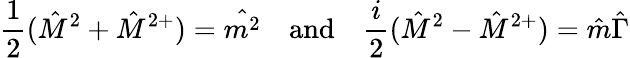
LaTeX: \frac{1}{2}(\hat{M}^{2}+\hat{M}^{2+})=\hat{m^{2}}\quad\mathrm{and}\quad\frac{i}{2}(\hat{M}^{2}-\hat{M}^{2+})=\hat{m}\hat{\Gamma}